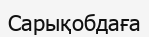
Сарықобдаға